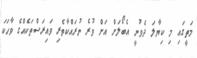
މަތީގައި މި ކިޔާލަ ދެވުނީ އެބޯލަށް އަށް ވުރެ ނުރައްކާތެރި ވައިރަސްތަކެއްގެ ވާހަކަ